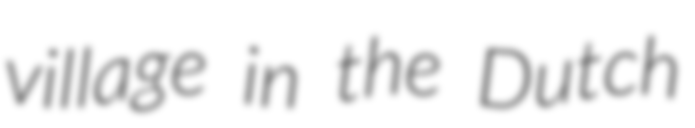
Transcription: village in the Dutch